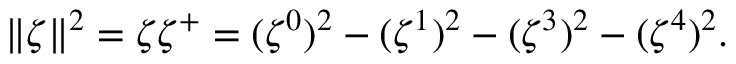
\| \zeta \| ^ { 2 } = \zeta { \zeta } ^ { + } = ( \zeta ^ { 0 } ) ^ { 2 } - ( \zeta ^ { 1 } ) ^ { 2 } - ( \zeta ^ { 3 } ) ^ { 2 } - ( \zeta ^ { 4 } ) ^ { 2 } .